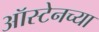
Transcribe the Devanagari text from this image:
ऑस्टेनच्या